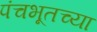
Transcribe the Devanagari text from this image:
पंचभूतच्या